Scottish Leaving Certificate Examination, 1958
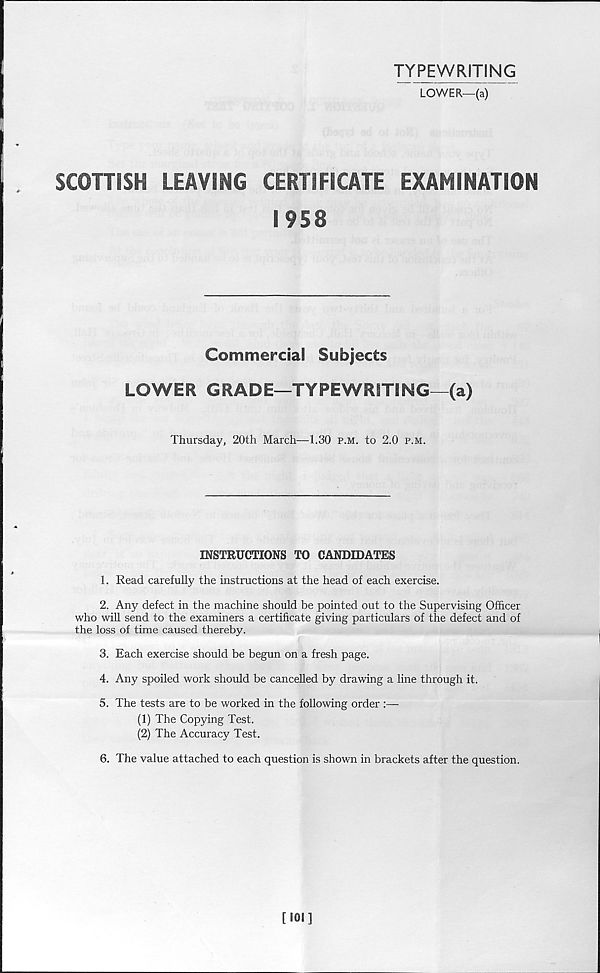
TYPEWRITING
LOWER—(a)
SCOTTISH
LEAVING
CERTIFICATE
EXAMINATION
1958
Commercial Subjects
LOWER GRADE—TYPEWRITING—(a)
Thursday, 20th March—1.30 p.m. to 2.0 p.m.
INSTRUCTIONS TO CANDIDATES
1. Read carefully the instructions at the head of each exercise.
2. Any defect in the machine should be pointed out to the Supervising Officer
who will send to the examiners a certificate giving particulars of the defect and of
the loss of time caused thereby.
3. Each exercise should be begun on a fresh page.
4. Any spoiled work should be cancelled by drawing a line through it.
5. The tests are to be worked in the following order :—-
(1) The Copying Test.
(2) The Accuracy Test.
6. The value attached to each question is shown in brackets after the question.
[101]